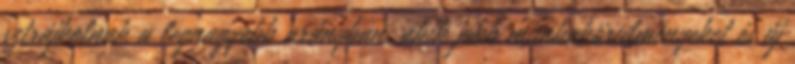
sztrájkolnak a legnagyobb arányban, akik jobb munkakörülményeket és új